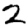
Digit: 2